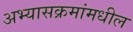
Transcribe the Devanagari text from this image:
अभ्यासक्रमांमधील